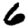
Digit: 6